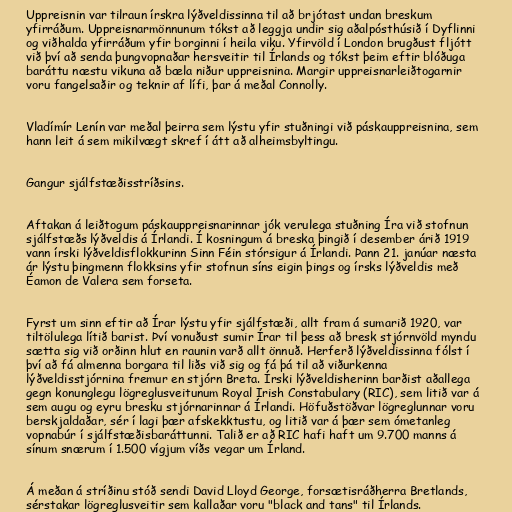
Uppreisnin var tilraun írskra lýðveldissinna til að brjótast undan breskum
yfirráðum. Uppreisnarmönnunum tókst að leggja undir sig aðalpósthúsið í Dyflinni
og viðhalda yfirráðum yfir borginni í heila viku. Yfirvöld í London brugðust fljótt
við því að senda þungvopnaðar hersveitir til Írlands og tókst þeim eftir blóðuga
baráttu næstu vikuna að bæla niður uppreisnina. Margir uppreisnarleiðtogarnir
voru fangelsaðir og teknir af lífi, þar á meðal Connolly.

Vladímír Lenín var meðal þeirra sem lýstu yfir stuðningi við páskauppreisnina, sem
hann leit á sem mikilvægt skref í átt að alheimsbyltingu.

Gangur sjálfstæðisstríðsins.

Aftakan á leiðtogum páskauppreisnarinnar jók verulega stuðning Íra við stofnun
sjálfstæðs lýðveldis á Írlandi. Í kosningum á breska þingið í desember árið 1919
vann írski lýðveldisflokkurinn Sinn Féin stórsigur á Írlandi. Þann 21. janúar næsta
ár lýstu þingmenn flokksins yfir stofnun síns eigin þings og írsks lýðveldis með
Éamon de Valera sem forseta.

Fyrst um sinn eftir að Írar lýstu yfir sjálfstæði, allt fram á sumarið 1920, var
tiltölulega lítið barist. Því vonuðust sumir Írar til þess að bresk stjórnvöld myndu
sætta sig við orðinn hlut en raunin varð allt önnuð. Herferð lýðveldissinna fólst í
því að fá almenna borgara til liðs við sig og fá þá til að viðurkenna
lýðveldisstjórnina fremur en stjórn Breta. Írski lýðveldisherinn barðist aðallega
gegn konunglegu lögreglusveitunum Royal Irish Constabulary (RIC), sem litið var á
sem augu og eyru bresku stjórnarinnar á Írlandi. Höfuðstöðvar lögreglunnar voru
berskjaldaðar, sér í lagi þær afskekktustu, og litið var á þær sem ómetanleg
vopnabúr í sjálfstæðisbaráttunni. Talið er að RIC hafi haft um 9.700 manns á
sínum snærum í 1.500 vígjum víðs vegar um Írland.

Á meðan á stríðinu stóð sendi David Lloyd George, forsætisráðherra Bretlands,
sérstakar lögreglusveitir sem kallaðar voru "black and tans" til Írlands.